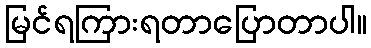
မြင်ရကြားရတာပြောတာပါ။